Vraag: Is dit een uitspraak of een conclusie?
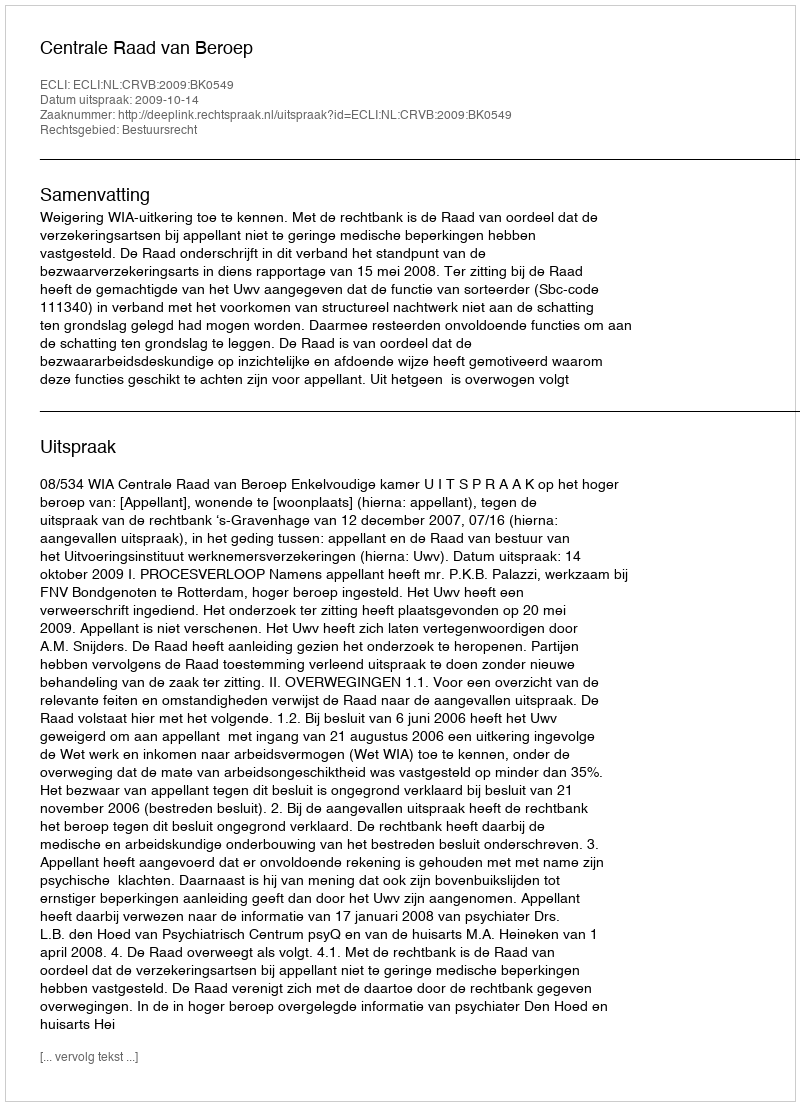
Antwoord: Uitspraak